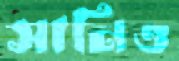
সানিও